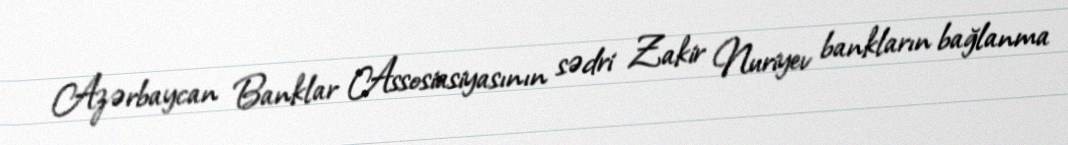
Azərbaycan Banklar Assosiasiyasının sədri Zakir Nuriyev bankların bağlanma